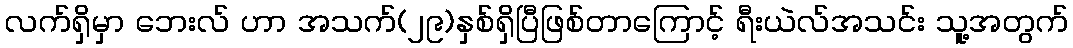
လက်ရှိမှာ ဘေးလ် ဟာ အသက်(၂၉)နှစ်ရှိပြီဖြစ်တာကြောင့် ရီးယဲလ်အသင်း သူ့အတွက်